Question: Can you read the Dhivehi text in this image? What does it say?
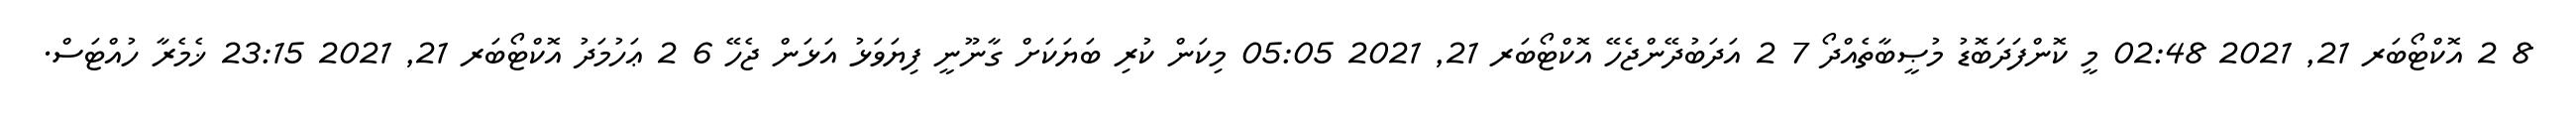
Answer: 8 2 އޮކްޓޯބަރ 21, 2021 02:48 މީ ކޮންފަދަބޮޑު މުޞީބާތެއްދޯ 7 2 އަދަބުދޭންޖެހޭ އޮކްޓޯބަރ 21, 2021 05:05 މިކަން ކުރި ބަޔަކަށް ގާނޫނީ ފިޔަވަޅު އަޅަން ޖެހޭ 6 2 ޢަހުމަދު އޮކްޓޯބަރ 21, 2021 23:15 ޚެމެރާ ހުއްޓަސް.